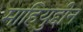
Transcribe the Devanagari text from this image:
माहियुद्दीन